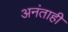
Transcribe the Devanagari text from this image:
अनंताही